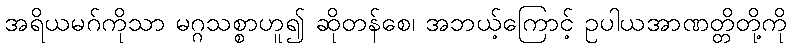
အရိယမဂ်ကိုသာ မဂ္ဂသစ္စာဟူ၍ ဆိုတန်စေ၊ အဘယ့်ကြောင့် ဥပါယအာဏတ္တိတို့ကို